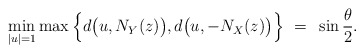
\begin{align*}\min_{|u| = 1} \max \Big\{ d\big(u,N_Y(z)\big) , d\big(u,-N_X(z)\big) \Big\} ~=~ \sin \frac{\theta}{2}.\end{align*}